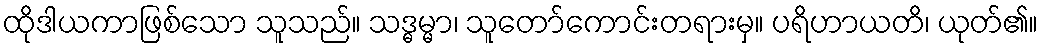
ထိုဒါယကာဖြစ်သော သူသည်။ သဒ္ဓမ္မာ၊ သူတော်ကောင်းတရားမှ။ ပရိဟာယတိ၊ ယုတ်၏။